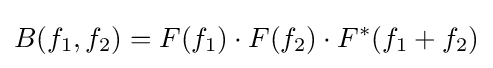
B(f_{1},f_{2})=F(f_{1})\cdot F(f_{2})\cdot F^{*}(f_{1}+f_{2})